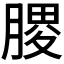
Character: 𫆪